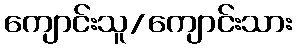
ကျောင်းသူ/ကျောင်းသား